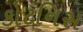
કોટનિસ